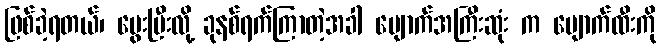
ဖြစ်ခဲ့ရတယ်၊ မွေးပြီးလို့ ခုနစ်ရက်ကြာတဲ့အခါ မျောက်အကြီးဆုံး က မျောက်ထီးကို